Vital statistics of India. Vol. VI, European troops 1870-79
Year: 1870
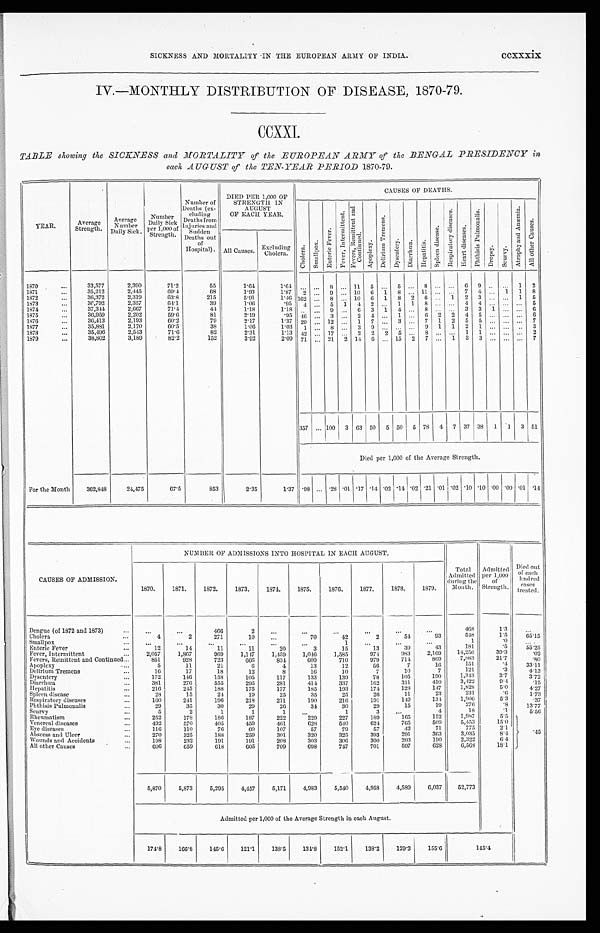
SICKNESS AND MORTALITY IN THE EUROPEAN ARMY OF INDIA.
ccxxxix
IV.—MONTHLY DISTRIBUTION OF DISEASE, 1870-79.
CCXXI.
TABLE showing the SICKNESS and MORTALITY of the EUROPEAN ARMY of the BENGAL PRESIDENCY in
each AUGUST of the TEN-YEAR PERIOD 1870-79.
YEAR.
Average
Strength.
Average
Number
Daily Sick.
Number Dai l y Si ck per 1, 000 of St r engt h.
-
Number of
Deaths (ex-
cluding S e a t h s f r o m I n j u r i e s a n d S u d d e n D e a t h s o u t o f H o s p i t a l ) .
DIED PER 1,000 OF
STRENGTH IN
AUGUST
OF EACH YEAR.
CAUSES OF DEATHS.
Cholera.
Smallpox.Enteric fever. F e v e r , I n t e r mi t t e n t .
F e v e r s , R e m i t t e n t a n d C o n t i n u e d .
A p o p l e x y .
D e l i r i u m T r e me n s .
D y s e n t e r y .
D i a r r h œ a .
H e p a t i t i s .
Sp l e e n d i s e a s e .
R e s p i r a t o r y d i s e a s e s .
H e a r t d i s e a s e s .
P h t h i s i s P u l m o n a l i s . Dropsy.Scurvy
A t r o p h y a n d A n æ m i a .
A l l o t h e r C a u s e s .
All Causes.
Excluding
Cholera.
1870
...
33,577
2,390
71.2
55
1.64
1.64
. . .
. . .
8
...
11
5
...
5
. . .
8 ...
...
6
9 ...
...
1
2
1871
...
35,212
2,445
69.4
68
1.93
1.87
2
...
9
...
10
6
1
8
. . . 11 ...
...
7
4 ...
1
1
8
1872
...
30,372
2,319
63.8
215
5.91
1.46 162
...
8
...
10
6
1
8
2
6
...
1
2
3 ...
...
1
5
1873
...
36,792
2,357
64.1
39
1.06
. 9 54
...
5
1
4
2
...
1
1
8
...
...
4
4
. . . ...
. . .
5
1874
37,344
2,667
71.4
41
11.8
1.18
...
...
9
...
6
3
1
4
...
8 ...
...
3
3
1
...
. . .
6
1875
...
36,959
2,202
59.6
81
21.9
.95
46
...
3
...
2
4
...
1
...
6
2
2
4
5
...
...
. . . 6
1876
...
30,413
2,193
60.2
79
2.17
1.37
29
...
12
...
1
7
...
3
...
7
1
2
5
5
...
...
. . .
7
1877
. . .
35,881
2,170
60.5
38
1.06
1.03
1 ...
8
...
3
9 ...
...
...
9
1
1
2
1
...
...
. . .
3
1879
...
35,496
2,543
71.6
82
2.31
1.13
42
...
17
...
2
2
2
5
. . .
8 ...
...
1
1
...
...
. . .
2
1879
...
38,802
3,189
82.2
152
3.92
2.09
7
. . .
21
2
14
6 ...
15
2
7
...
1
3
3
...
...
...
7
357
... 100
3 63
50
5
50
5
78
4
7
37
38
1
1
3
51
Died per 1,000 of the Average Strength.
For the Month
362,818
24,475
67.5
853
23.5
1.37 .98 ... .28 .01 .17 .14 .02
. 1 4 .02 .21 .01 .02 .10 .10 .00 .00 .01
. 1 4
NUMBER OF ADMISSIONS INTO HOSPITAL IN EACH AUGUST.
CAUSES OF ADMISSION.
1870.
1871.
1872.
1873.
1874.
1875.
1876.
1877.
1878.
1879.
T o t a l Ad mi t t e d d u r i n g t h e Mo n t h .
Admi
tted per 1,000
of
Strength.
Died out
o f e a c h h n d r e d e a s e s
treated.
Dengue (of 1872 and 1873)
. . .
. . .
. . .
406
2
...
...
...
. . .
. . .
. . .
468
1.3
. . .
Cholera
. . .
4
2
271
10
70
42
2
54
93
548
1.5
65.15
Smallpox
. . .
. . .
...
...
...
. . .
...
1
...
. . .
. . .
1
. 0
. . .
Enteric Fever
...
12
14
11
11
20
3
15
13
39
43
1 8 1
. 5
55.25
Fever, Intermittent
2,057
1,867
90)
1,117
1,149
1,016
1,585
974
983
2,169
14,250
393
.02
Fevers, Remittent and Continued
. . .
851
928
723
6 6 6
834
609
710
979
714
869
7,883
21.7
.80
Apoplexy
...
5
11
21
6
4
13
12
56
7
16
151
.4
33.11
Delirium Tremen
...
1 6
17
18
12
8
1 6
10
7
10
7
121
.3
41.3
Dysentery
. . .
172
146
158
105
117
185
139
78
105
190
1, 343
3.7
3.72
Diarrhœa
. . .
381
276
555
295
281
411
337
162
311
410
3,422
9.4
.15
Hepatitis
. . .
216
245
188
175
177
185
193
174
128
147
1,828
5.0
4.27
Spleen disease
...
28
15
24
19
25
3 5
25
26
11
23
231
. 6
1.73
Respiratory diseases
...
1 6 0
241
196
218
211
190
216
191
149
134
1,906
5.3
.37
Phthisis Pulmonalis
. . .
29
35
30
29
26
34
30
29
15
19
276
.8
13.77
Scurvy
. . .
5
2
1
1
1
. . .
1
3
...
4
18
.1
5.56
Rheumatism
. . .
252
178
186
187
222
229
227
189
165
152
1,987
5.5
Venereal diseases
...
492
570
405
459
461
628
540
624
765
509
5,453
1 5 . 0
Eye diseases
. . .
116
110
76
60
107
57
79
57
42
71
775
2 . 1
Abscess and Ulcer
. . .
270
325
188
259
301
320
325
393
291
363
3,035
8.4 .45
Wounds and Accidents
...
198
232
191
191
208
303
306
300
203
190
2,322
6.4
All other Causes
. . .
606
659
618
605
709
698
747
701
597
628
6,508
18.1
5,870
5,873
5,295
4,457
5,171
4,983
5,540
4,958
4,589
0,037
52,773
Admitted per 1,000 of the Average Strength in each August.
174.8
166.8
145.6
121.1
138.5
134.8
152.1
138.2
129.3
155.6
145.4